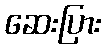
ဆေးပြား